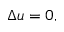
\Delta u = 0 ,